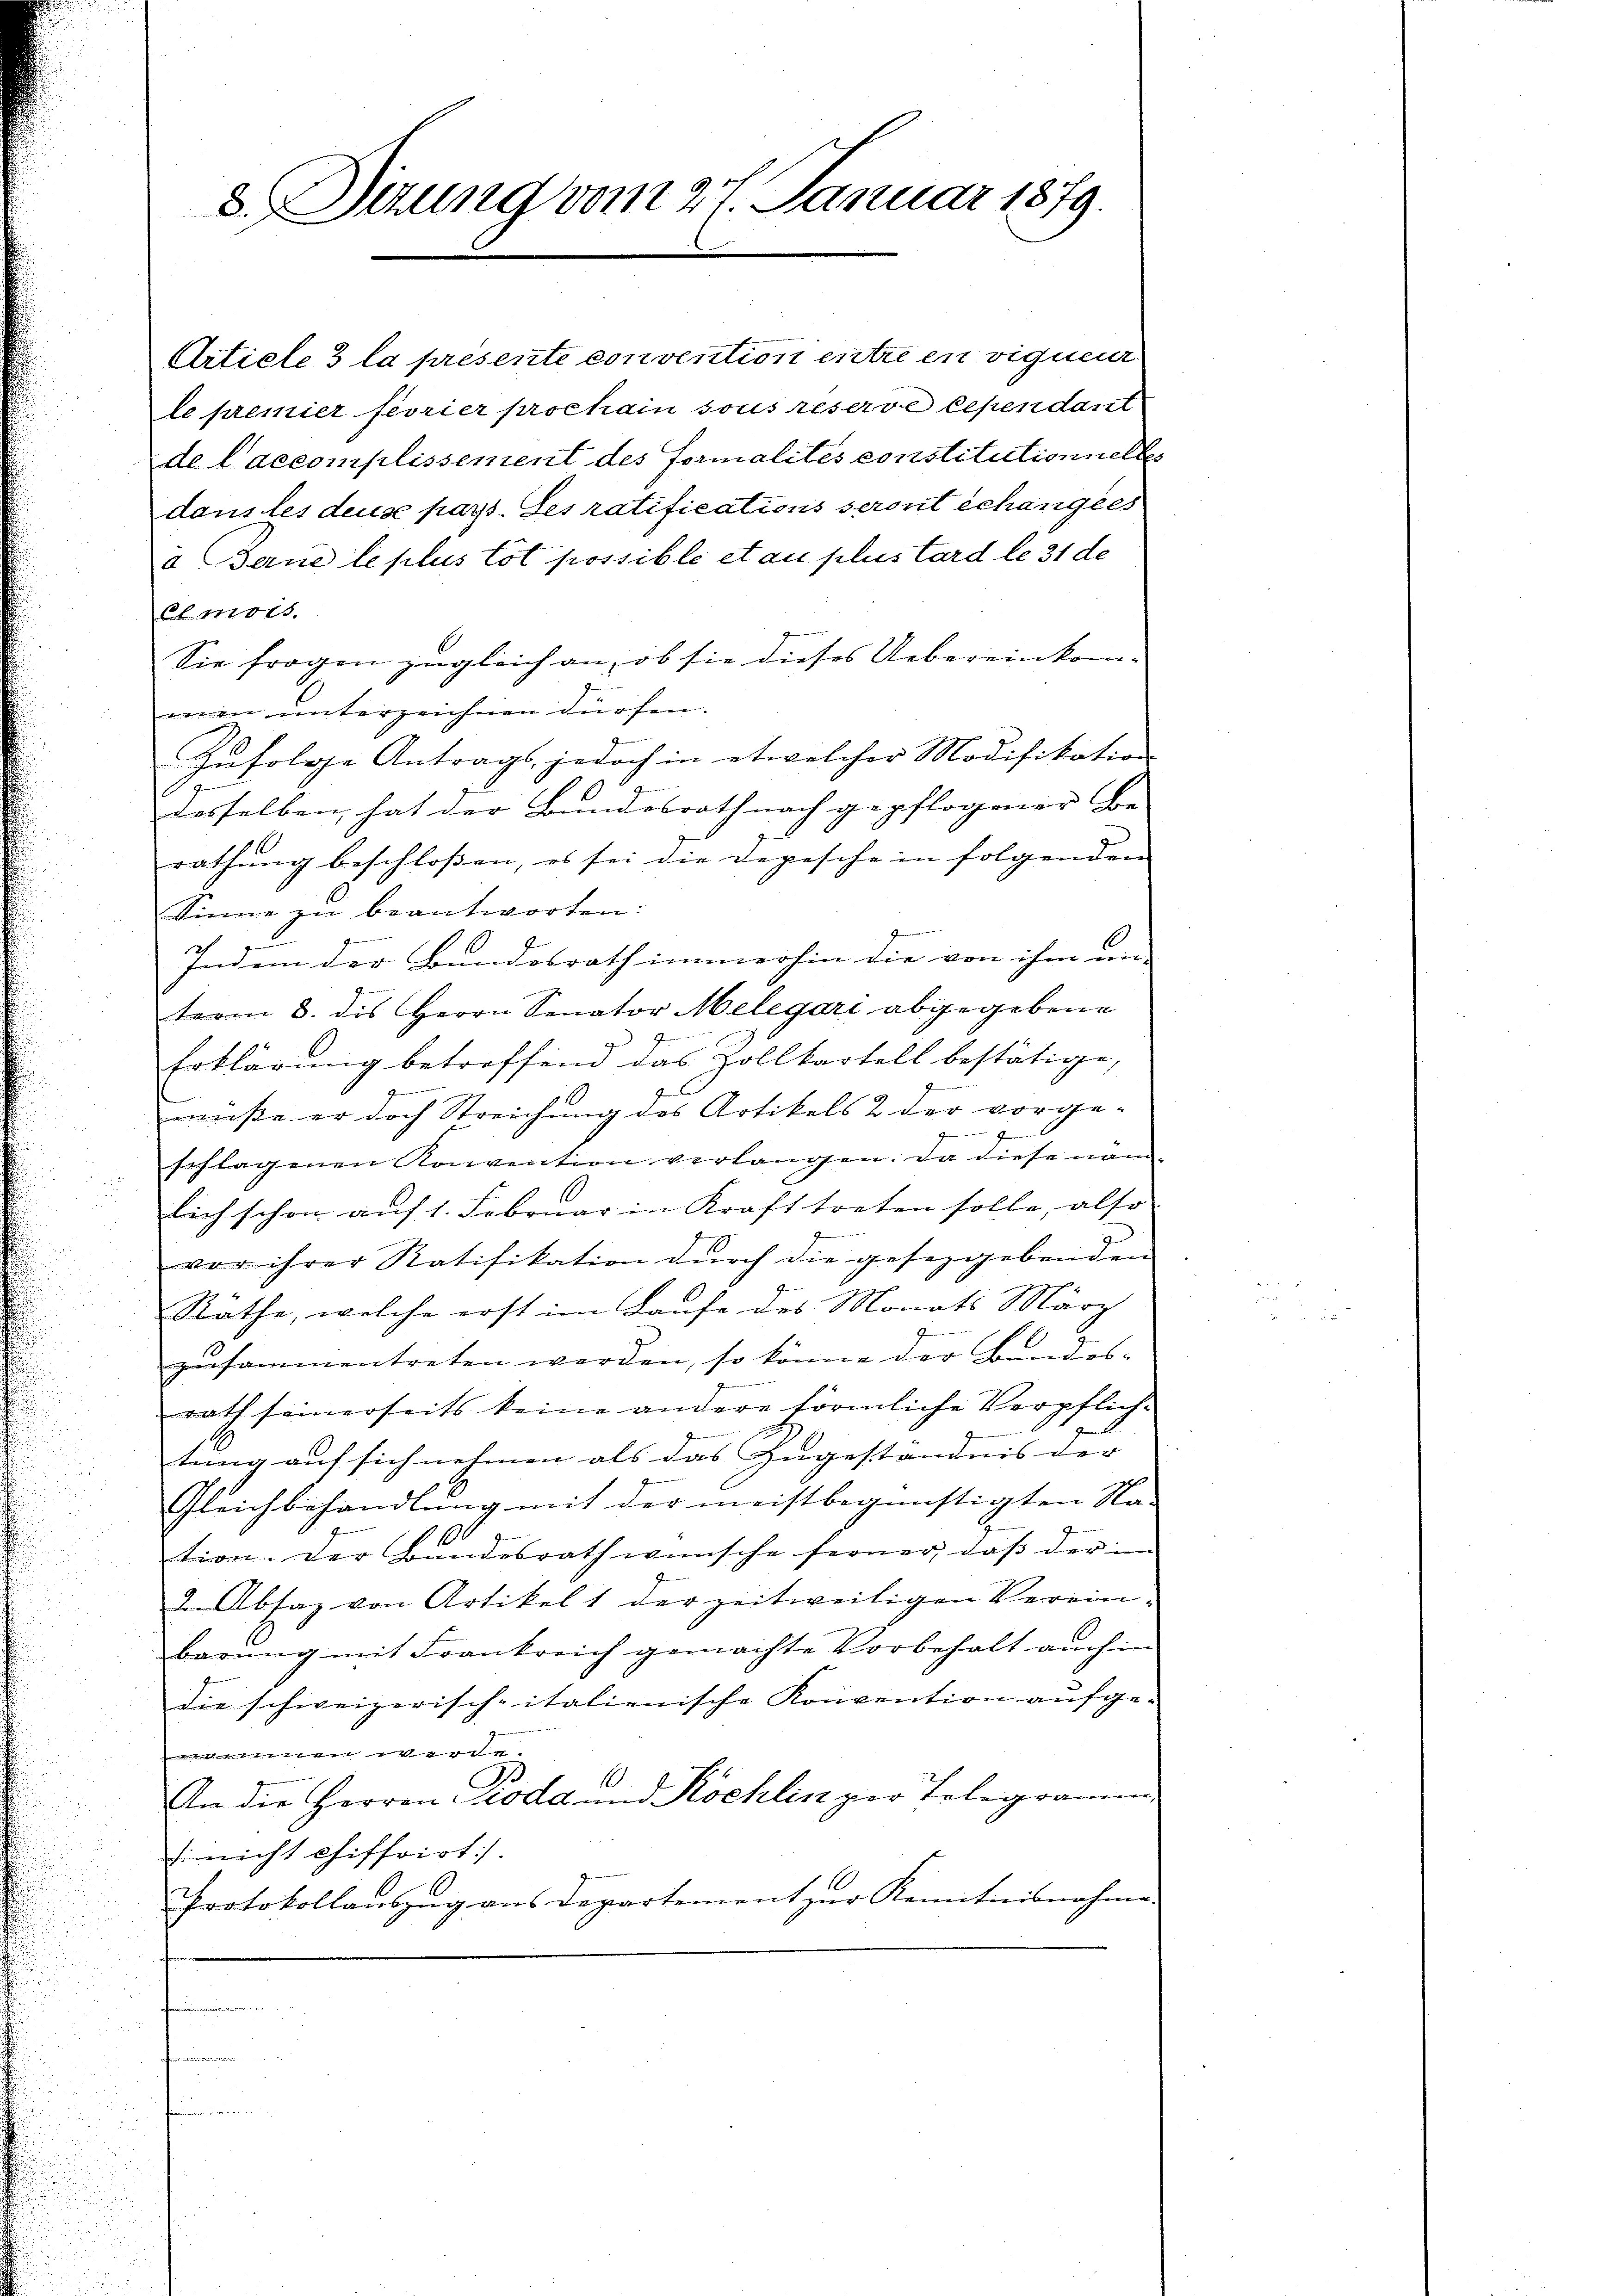
8. Sizung vom 27. Januar 1879.

Urticle 3 la presente convention entre en vigueur
le premier feorier prochain sous reserve Cependant
de Caccomplissement des Formalités constitutionnelle
dans les deuse pays. Les ratifications seront échangees
u. Berne le plus tot possible et au plus tard le 31 de
El mots
Sie fragen zugleich an, ob sie dieses Uebereinkom-
men unterzeichnen dürfen.
Zufolge Antrags, jedoch in etwelcher Modifikation
.
desselben, hat der Bundesrath nach gepflogener Be-
rathung beschlossen, es sei die Depesche in folgenden
Sinne zu beantworten:
Indem der Bundesrath immerhin die von ihm an
term 8. des Herrn Senator Melegari abgegebene
Erklärung betreffend das Zollkartell bestätige,
.
müße er doch Streichung des Artikels 2 der vorge-
J
schlagenen Konvention verlangen. Da diese näm-
lich schon auf 1. Februar in Kraft treten solle, also
vor ihrer Ratifikation durch die gesetzgebenden
Räthe, welche erst im Laufe des Monats März
zusammentreten werden, so könne der Bundes-
rath seinerseits keine andere förmliche Verpflich-
tung auf sich nehmen als das Zugeständnis der |
Gleichbehandlung mit der meistbegünstigten Na-
tion. Der Bundesrath wünsche ferner, daß der im
2 Absaz von Artikel 1 der zeitweiligen Vereinbarŭng mit Frankreich gemachte Vorbehalt auch in
die schweizerisch-italienische Konvention aufgeommen werde.
1
An die Herren Pioda und Köchlin zur Telegramm
s nicht chiffoirt).
Protokollauszug aus Departement zur Kenntnisnahme
m